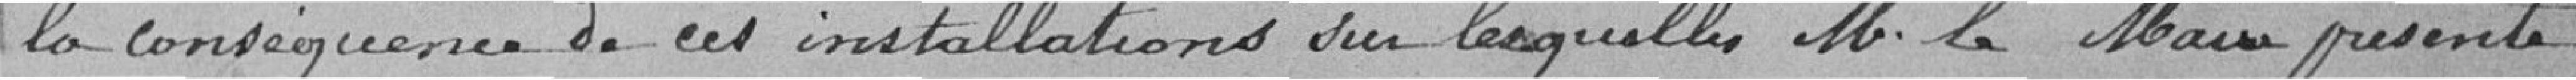
la conséquence de ces installations sur lesquelles M. le Maire présente